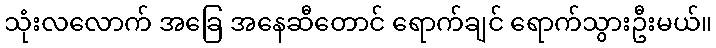
သုံးလလောက် အခြေ အနေဆီတောင် ရောက်ချင် ရောက်သွားဦးမယ်။